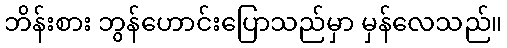
ဘိန်းစား ဘွန်ဟောင်းပြောသည်မှာ မှန်လေသည်။